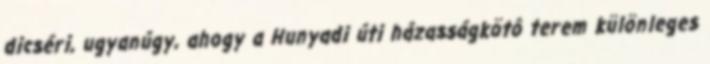
dicséri, ugyanúgy, ahogy a Hunyadi úti házasságkötô terem különleges